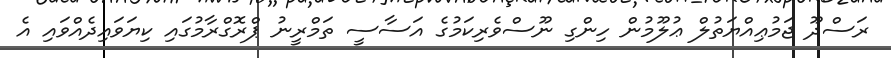
ރަސްދޫ ޖަމުޢިއްޔަތުލް ޢުލޫމުން ހިންގި ނޫސްވެރިކަމުގެ އަސާސީ ތަމްރީނު ޕްރޮގްރާމުގައި ކިޔަވައިދެއްވައި އެ